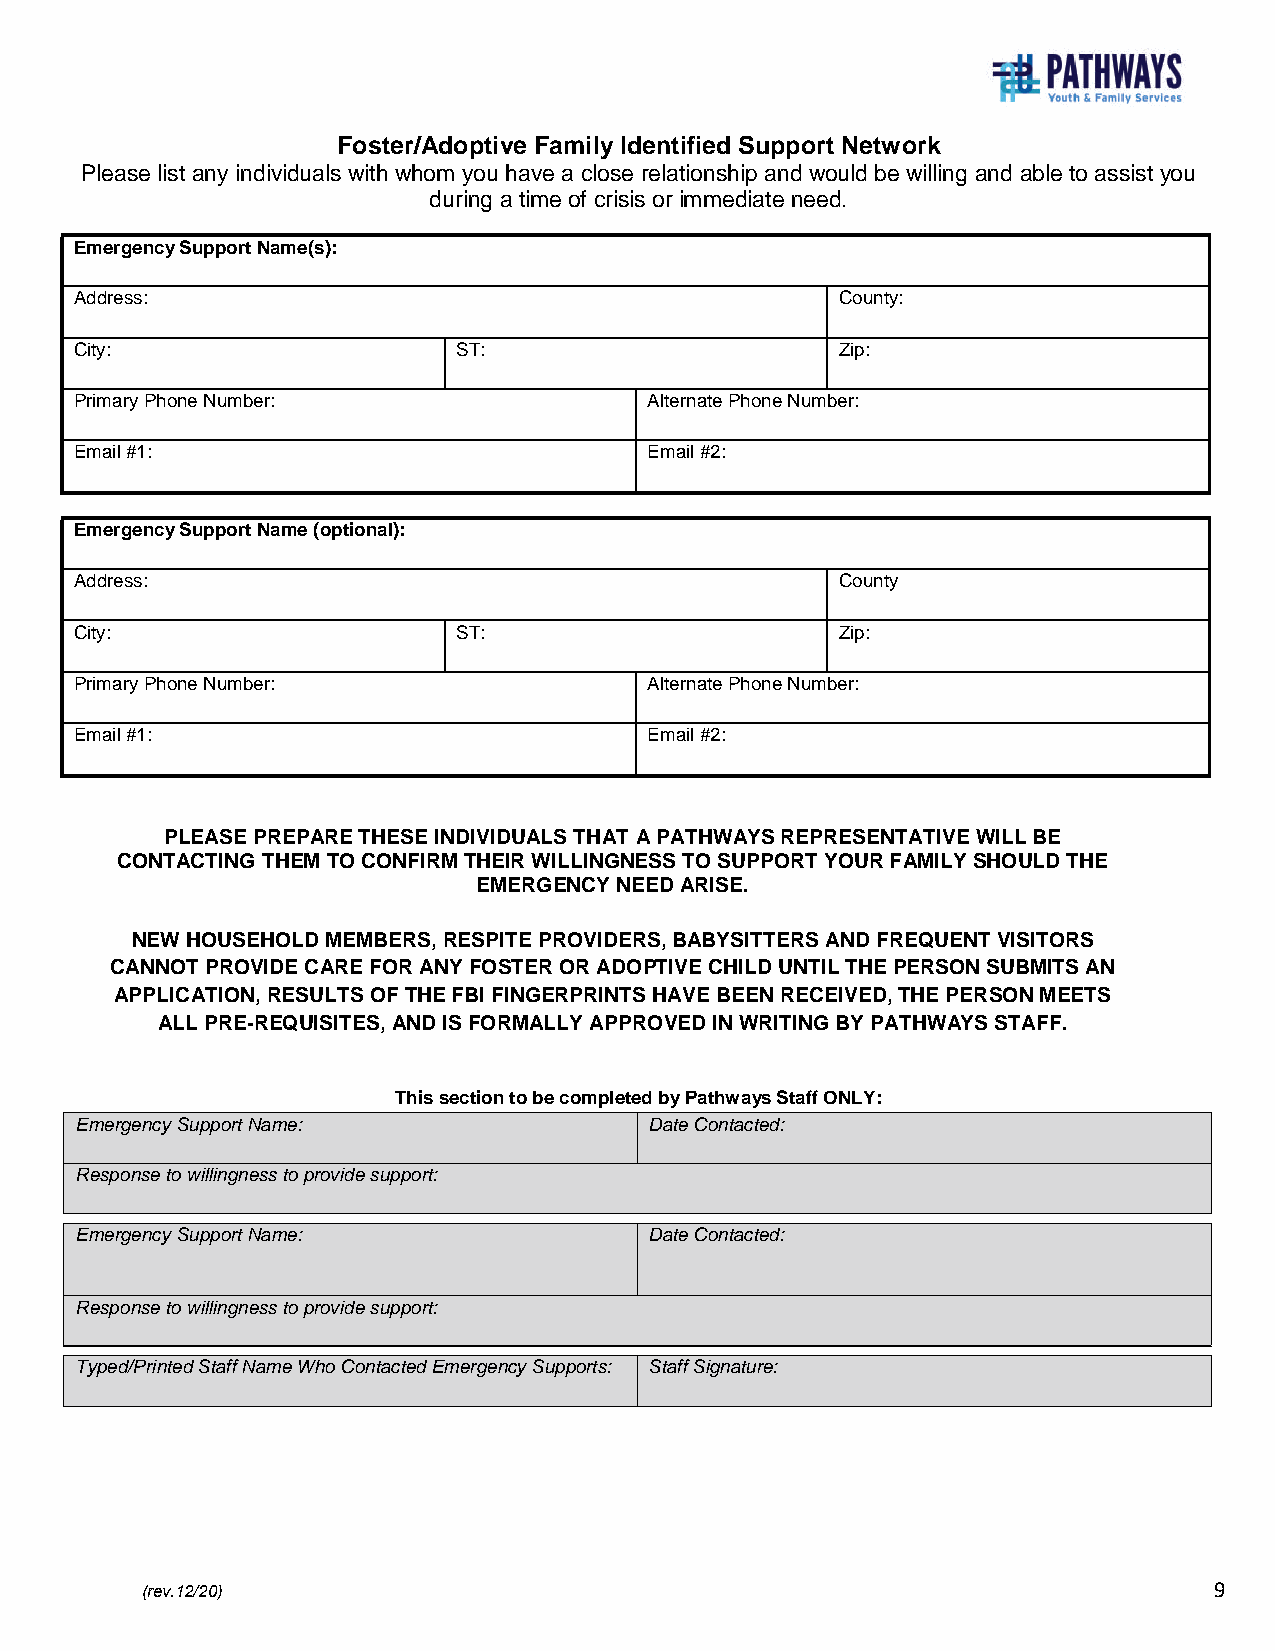
Foster/Adoptive Family Identified Support Network
 Please list any individuals with whom you have a close relationship and would be willing and able to assist you
 during a time of crisis or immediate need.
 Emergency Support Name(s):
 Address:                                           County:
 City:                    ST:                       Zip:
 Primary Phone Number:                 Alternate Phone Number:
 Email #1:                             Email #2:
 Emergency Support Name (optional):
 Address:                                           County
 City:                    ST:                       Zip:
 Primary Phone Number:                 Alternate Phone Number:
 Email #1:                             Email #2:
 PLEASE PREPARE THESE INDIVIDUALS THAT A PATHWAYS REPRESENTATIVE WILL BE
 CONTACTING THEM TO CONFIRM THEIR WILLINGNESS TO SUPPORT YOUR FAMILY SHOULD THE
 EMERGENCY NEED ARISE.
 NEW HOUSEHOLD MEMBERS, RESPITE PROVIDERS, BABYSITTERS AND FREQUENT VISITORS
 CANNOT PROVIDE CARE FOR ANY FOSTER OR ADOPTIVE CHILD UNTIL THE PERSON SUBMITS AN
 APPLICATION, RESULTS OF THE FBI FINGERPRINTS HAVE BEEN RECEIVED, THE PERSON MEETS
 ALL PRE-REQUISITES, AND IS FORMALLY APPROVED IN WRITING BY PATHWAYS STAFF.
 This section to be completed by Pathways Staff ONLY:
 Emergency Support Name:               Date Contacted:
 Response to willingness to provide support:
 Emergency Support Name:               Date Contacted:
 Response to willingness to provide support:
 Typed/Printed Staff Name Who Contacted Emergency Supports: Staff Signature:
 (rev.12/20)                                                            9